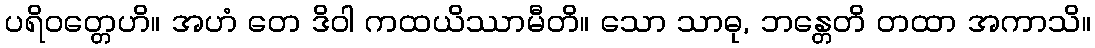
ပရိဝတ္တေဟိ။ အဟံ တေ ဒိဝါ ကထယိဿာမီတိ။ သော သာဓု, ဘန္တေတိ တထာ အကာသိ။